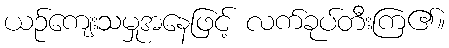
ယဉ်ကျေးသမှုအနေဖြင့် လက်ခုပ်တီးကြ၏။